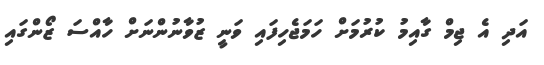
އަދި އެ ޖިމް ގާއިމު ކުރުމަށް ހަމަޖެހިފައި ވަނީ ޒުވާނުންނަށް ހާއްސަ ޒޯންގައި